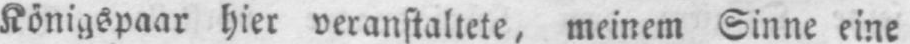
Königspaar hier veranstaltete, meinem Sinne eine